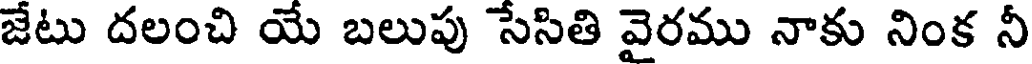
జేటు దలంచి యే బలుపు సేసితి వైరము నాకు నింక నీ